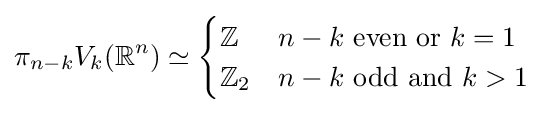
\pi _{n-k}V_{k}(\mathbb {R} ^{n})\simeq {\begin{cases}\mathbb {Z} &n-k{\text{ even or }}k=1\\\mathbb {Z} _{2}&n-k{\text{ odd and }}k>1\end{cases}}